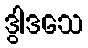
ဒွါဒသေ